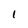
Character: 1